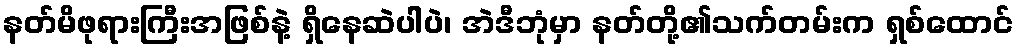
နတ်မိဖုရားကြီးအဖြစ်နဲ့ ရှိနေဆဲပါပဲ၊ အဲဒီဘုံမှာ နတ်တို့၏သက်တမ်းက ရှစ်ထောင်